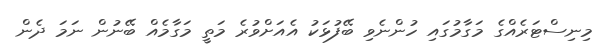
މިނިސްޓަރެއްގެ މަގާމުގައި ހުންނެވި ބޭފުޅަކު އެއަށްވުރެ މަތީ މަގާމެއް ބޭނުން ނަމަ ދެން